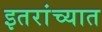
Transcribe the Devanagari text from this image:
इतरांच्यात